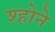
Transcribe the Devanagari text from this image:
श्होने